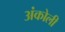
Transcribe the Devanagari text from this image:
अंकोली